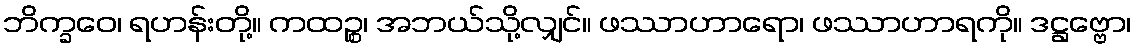
ဘိက္ခဝေ၊ ရဟန်းတို့။ ကထဉ္စ၊ အဘယ်သို့လျှင်။ ဖဿာဟာရော၊ ဖဿာဟာရကို။ ဒဋ္ဌဗ္ဗော၊